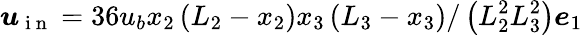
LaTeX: \boldsymbol{u}_{\mathrm{~i~n~}}=36u_{b}x_{2}\left(L_{2}-x_{2}\right)x_{3}\left(L_{3}-x_{3}\right)/\left(L_{2}^{2}L_{3}^{2}\right)\boldsymbol{e}_{1}